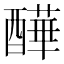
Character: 𨣄